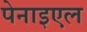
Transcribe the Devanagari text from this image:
पेनाइएल